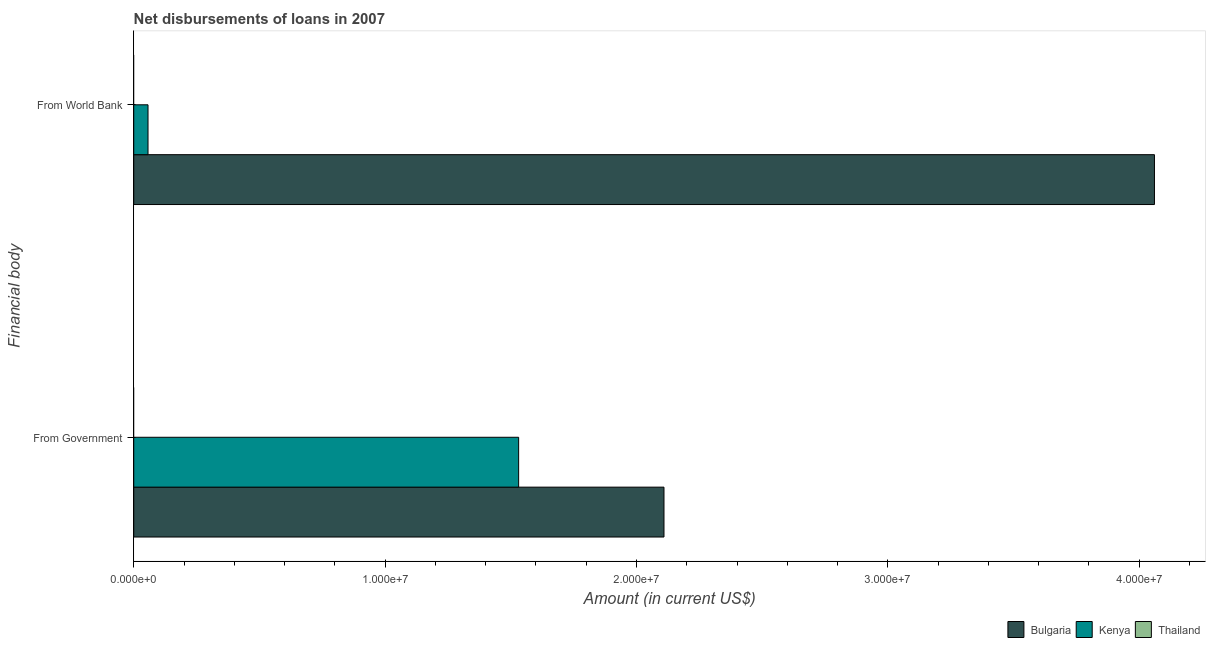
| Financial body | Bulgaria | Kenya | Thailand |
 | --- | --- | --- | --- |
 | From Government | 2.11e+07 | 1.53e+07 | -5.55e+08 |
 | From World Bank | 4.06e+07 | 5.68e+05 | -3.48e+08 |